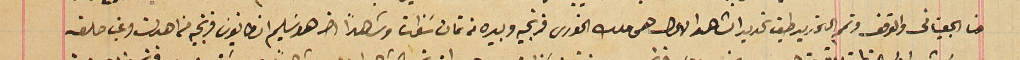
حنا الجعيناني والوقف وتمم التحديد طبق تحديد الشاهد الاول هى ملك الخورى فرنجيه وبيده من تمان سَنوات وشاهداً اخر هو سَليم انطانيوسَ فرنجيه من اهدان وغب حلفه